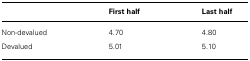
<table><thead><tr><td></td><td><b>First half</b></td><td><b>Last half</b></td></tr></thead><tbody><tr><td>Non-devalued</td><td>4.70</td><td>4.80</td></tr><tr><td>Devalued</td><td>5.01</td><td>5.10</td></tr></tbody></table>